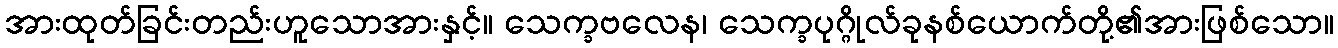
အားထုတ်ခြင်းတည်းဟူသောအားနှင့်။ သေက္ခဗလေန၊ သေက္ခပုဂ္ဂိုလ်ခုနစ်ယောက်တို့၏အားဖြစ်သော။